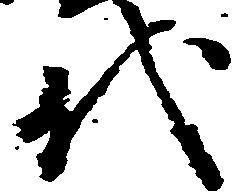
代